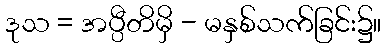
ဒုသ = အပ္ပီတိမှိ - မနှစ်သက်ခြင်း၌။